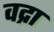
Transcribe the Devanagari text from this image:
वद्रा